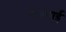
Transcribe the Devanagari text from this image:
फैलगई